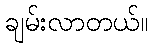
ချမ်းလာတယ်။